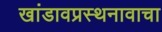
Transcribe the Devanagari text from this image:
खांडावप्रस्थनावाचा